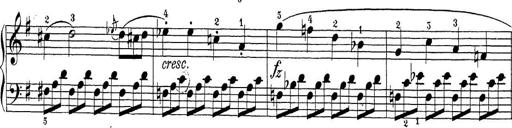
Title: Sonatina Album
Composer: Louis KÃ¶hler